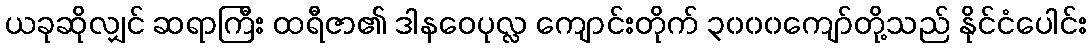
ယခုဆိုလျှင် ဆရာကြီး ထရီဇာ၏ ဒါနဝေပုလ္လ ကျောင်းတိုက် ၃၀၀၀ကျော်တို့သည် နိုင်ငံပေါင်း